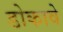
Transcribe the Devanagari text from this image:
डोकावे